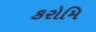
કરોમિ